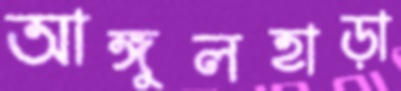
আঙ্গুলহাড়া